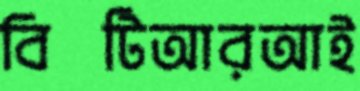
বিটিআরআই